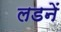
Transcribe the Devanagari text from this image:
लडनें